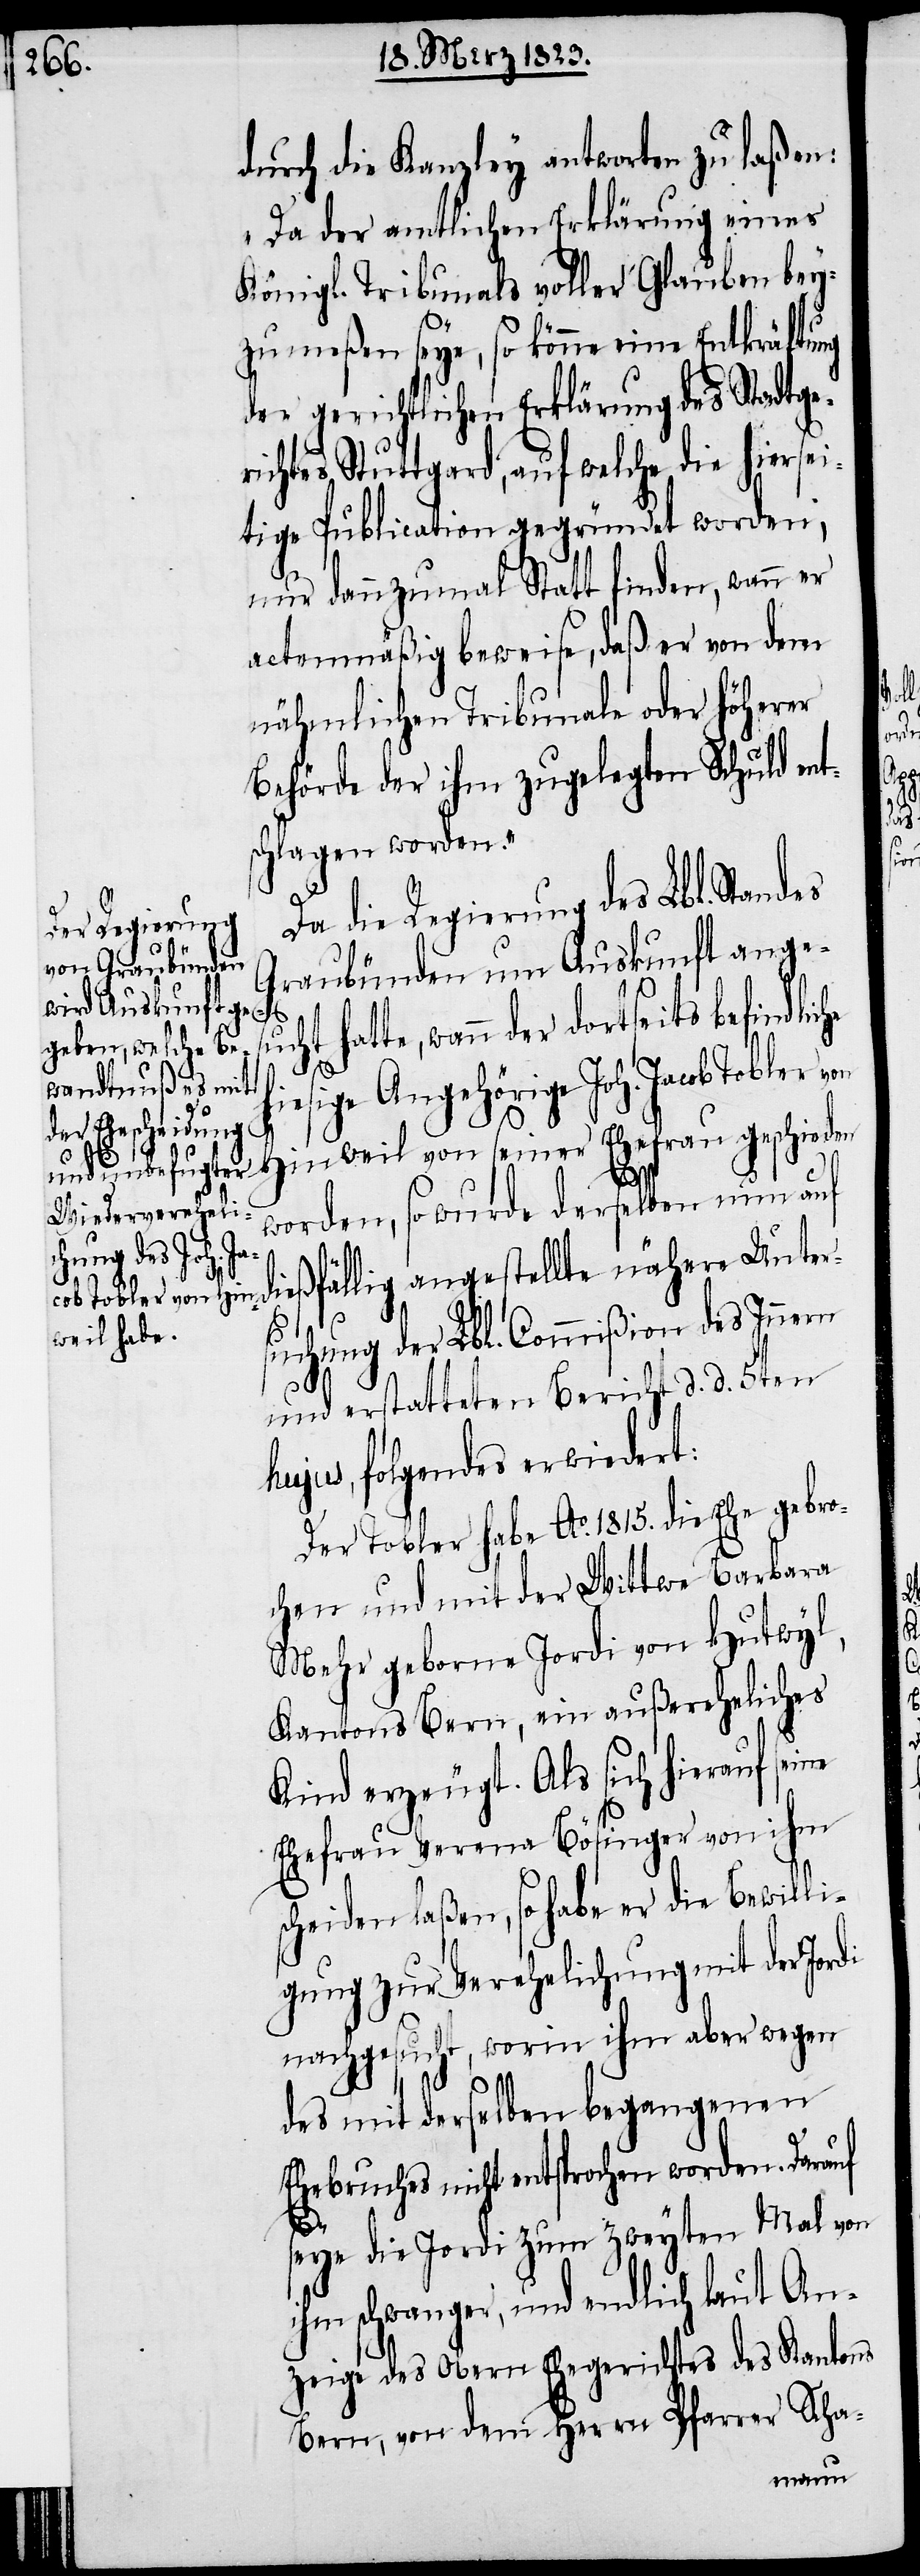
durch die Kanzley antworten zu laßen:
„Da der amtlichen Erklärung eines
Königl. Tribunals voller Glauben bey¬
zumeßen seye, so könne eine Entkräftung
der gerichtlichen Erklärung des Stadtger¬
ichtes Stuttgard, auf welche die hiersei¬
tige Publication gegründet worden,
nur dannzumal Statt finden, wann er
actenmäßig beweise, daß er von dem
nähmlichen Tribunale oder höherer
Behörde der ihm zugelegten Schuld ent¬
schlagen worden.“
Da die Regierung des Lbl. Stan¬
Graubünden um Auskunft ange¬
des
hatte, wann der dortseits befindlic¬
weil von seiner Ehefrau geschieden
he
worden, so wurde derselben nun auf
dießfällig angestellte nähere Unter¬
cob Tobler von Hin¬
sucht
suchung der Lbl. Commißion des Innern
und erstatteten Bericht d. d. 5ten
hujus, folgendes erwiedert:
Der Tobler habe Ao. 1815. die Ehe gebro¬
chen und mit der Wittwe Barbara
Mehr geborne Jordi von Hutwyl,
Kantons Bern, ein außereheliches
Kind erzeugt. Als sich hierauf seine
Ehefrau Verena Bösinger von ihm
scheiden laßen, so habe er die Bewilli¬
gung zur Verehelichung mit der Jordi
nachgesucht, worin ihm aber wegen
des mit derselben begangenen
Ehebruches nicht entsprochen worden. Darauf
seye die Jordi zum zweyten Mal von
ihm schwanger, und endlich laut An¬
zeige des Obern Ehegerichtes des Kantons
Bern, von dem Herrn Pfarrer Scha-